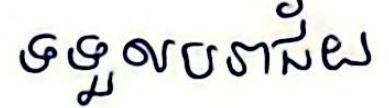
ទទួលបរាជ័យ